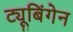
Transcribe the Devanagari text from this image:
ट्यूबिंगेन